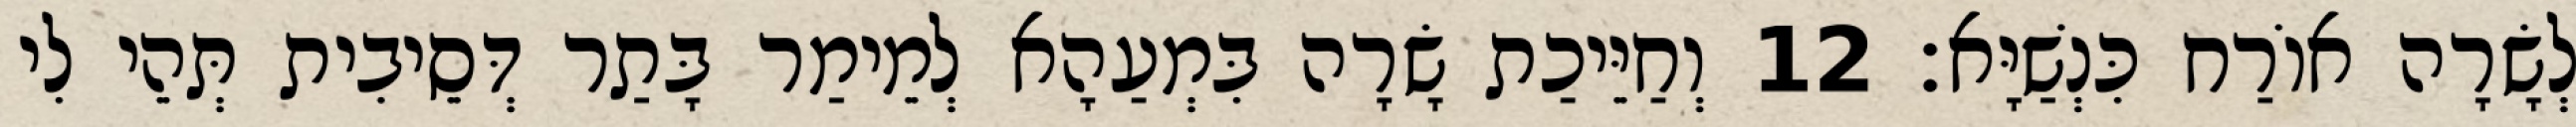
לְשָׂרָה אוֹרַח כִּנְשַׁיָּא׃ 12 וְחַיֵּיכַת שָׂרָה בִּמְעַהָא לְמֵימַר בָּתַר דְּסֵיבִית תְּהֵי לִי